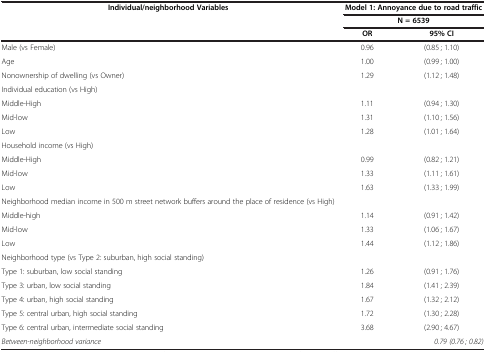
| <ROWSPAN=2> Individual/neighborhood Variables | <COLSPAN=2> Model 1: Annoyance due to road traffic |
 | <COLSPAN=2> N = 6539 |
 |  | OR | 95% CI |
 | --- | --- | --- |
 | Male (vs Female) | 0.96 | (0.85 ; 1.10) |
 | Age | 1.00 | (0.99 ; 1.00) |
 | Nonownership of dwelling (vs Owner) | 1.29 | (1.12 ; 1.48) |
 | Individual education (vs High) |  |  |
 | Middle-High | 1.11 | (0.94 ; 1.30) |
 | Mid-low | 1.31 | (1.10 ; 1.56) |
 | Low | 1.28 | (1.01 ; 1.64) |
 | Household income (vs High) |  |  |
 | Middle-High | 0.99 | (0.82 ; 1.21) |
 | Mid-low | 1.33 | (1.11 ; 1.61) |
 | Low | 1.63 | (1.33 ; 1.99) |
 | Neighborhood median income in 500 m street network buffers around the place of residence (vs High) |  |  |
 | Middle-high | 1.14 | (0.91 ; 1.42) |
 | Mid-low | 1.33 | (1.06 ; 1.67) |
 | Low | 1.44 | (1.12 ; 1.86) |
 | Neighborhood type (vs Type 2: suburban, high social standing) |  |  |
 | Type 1: suburban, low social standing | 1.26 | (0.91 ; 1.76) |
 | Type 3: urban, low social standing | 1.84 | (1.41 ; 2.39) |
 | Type 4: urban, high social standing | 1.67 | (1.32 ; 2.12) |
 | Type 5: central urban, high social standing | 1.72 | (1.30 ; 2.28) |
 | Type 6: central urban, intermediate social standing | 3.68 | (2.90 ; 4.67) |
 | Between-neighborhood variance |  | 0.79 (0.76 ; 0.82) |